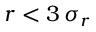
r < 3 \, \sigma _ { r }